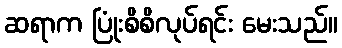
ဆရာက ပြုံးစိစိလုပ်ရင်း မေးသည်။